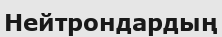
Нейтрондардың